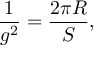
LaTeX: \frac { 1 } { g ^ { 2 } } = \frac { 2 \pi R } { S } ,